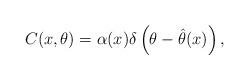
LaTeX: \begin{align*} C(x,\theta) = \alpha(x)\delta\left(\theta - {\hat{\theta}}(x)\right),\end{align*}